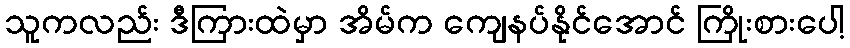
သူကလည်း ဒီကြားထဲမှာ အိမ်က ကျေနပ်နိုင်အောင် ကြိုးစားပေါ့